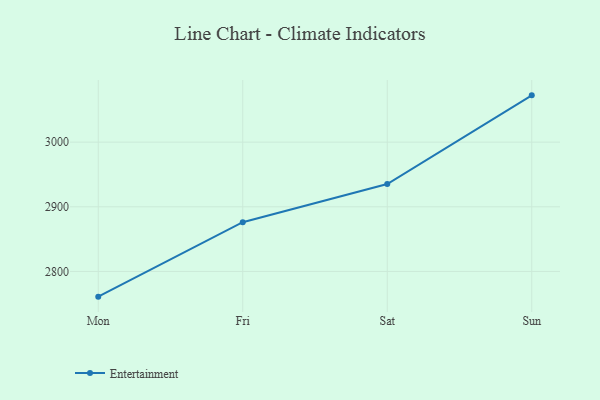
{"axis": {"x": "Day", "y": "Latency (ms)"}, "legend": ["Entertainment"], "data": [{"x": "Mon", "y": 2761.0, "type": "Entertainment"}, {"x": "Fri", "y": 2876.2, "type": "Entertainment"}, {"x": "Sat", "y": 2935.3, "type": "Entertainment"}, {"x": "Sun", "y": 3072.4, "type": "Entertainment"}]}